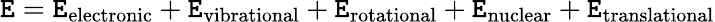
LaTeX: \mathtt{E}=\mathtt{E}_{\mathrm{{{electronic}}}}+\mathtt{E}_{\mathrm{{{vibrational}}}}+\mathtt{E}_{\mathrm{{{rotational}}}}+\mathtt{E}_{\mathrm{{{nuclear}}}}+\mathtt{E}_{\mathrm{{{translational}}}}